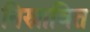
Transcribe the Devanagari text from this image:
निस्रावित